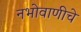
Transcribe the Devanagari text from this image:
नभोवाणीचे